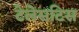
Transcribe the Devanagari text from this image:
टेलेसटिस